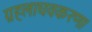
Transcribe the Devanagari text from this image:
ग्रहलाघवकरण।